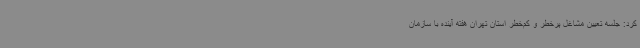
کرد: جلسه تعیین مشاغل پرخطر و کم‌خطر استان تهران هفته آینده با سازمان